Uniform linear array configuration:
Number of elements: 16
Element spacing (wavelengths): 0.5
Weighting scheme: hann
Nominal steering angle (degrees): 15
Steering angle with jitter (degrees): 14.978
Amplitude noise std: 0.05
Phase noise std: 0.05

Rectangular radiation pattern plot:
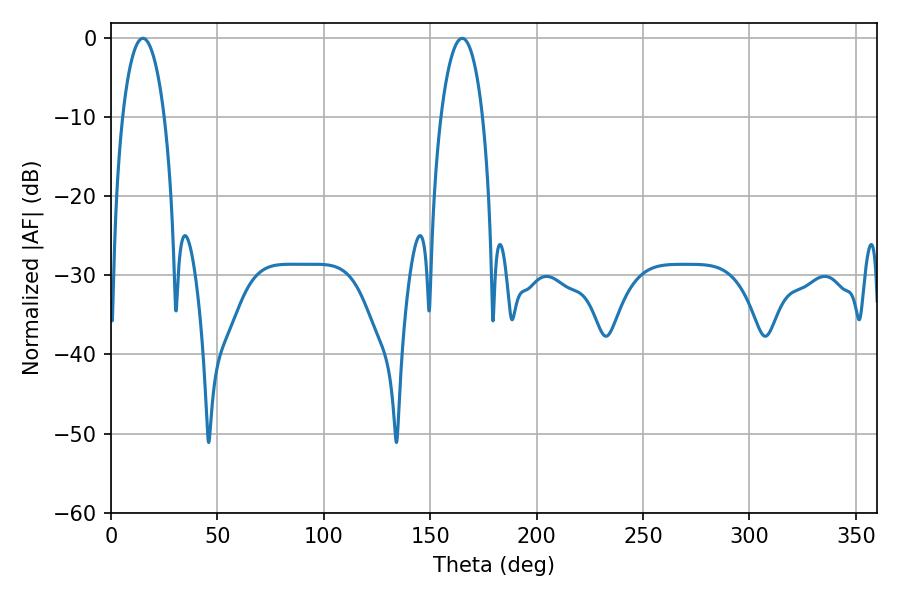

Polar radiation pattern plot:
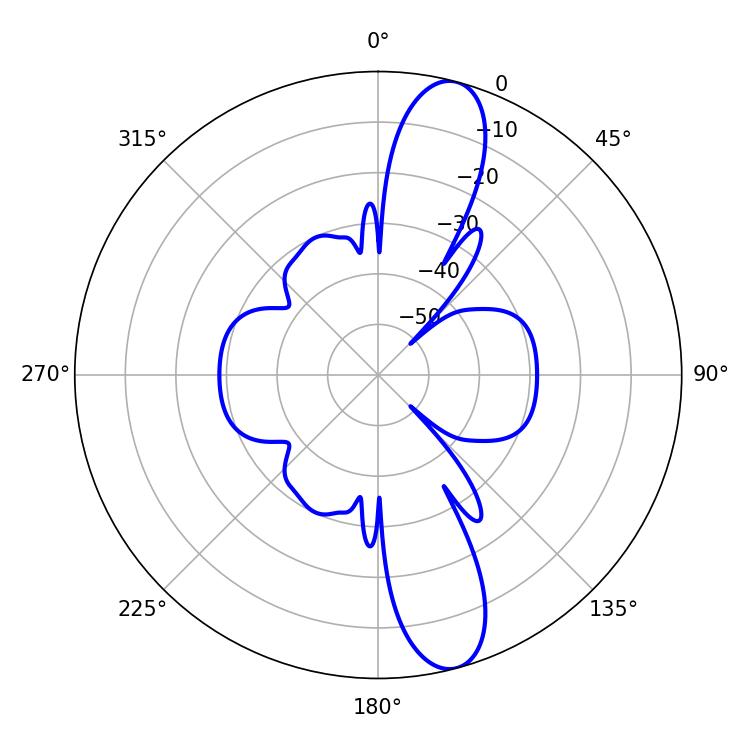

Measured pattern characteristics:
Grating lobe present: FALSE
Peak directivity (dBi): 12.758
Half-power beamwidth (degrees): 10.98
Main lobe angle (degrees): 14.94